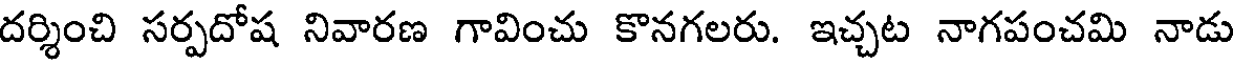
దర్శించి సర్పదోష నివారణ గావించు కొనగలరు. ఇచ్చట నాగపంచమి నాడు